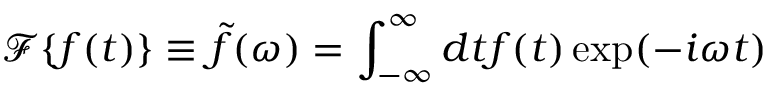
\mathcal { F } \{ f ( t ) \} \equiv \tilde { f } ( \omega ) = \int _ { - \infty } ^ { \infty } d t f ( t ) \exp ( - i \omega t )